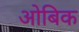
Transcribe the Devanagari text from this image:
ओबिक